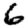
Digit: 6